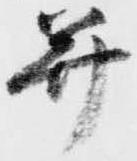
并